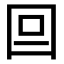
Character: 𡆷